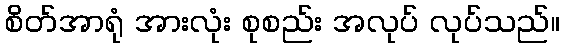
စိတ်အာရုံ အားလုံး စုစည်း အလုပ် လုပ်သည်။